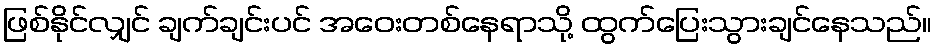
ဖြစ်နိုင်လျှင် ချက်ချင်းပင် အဝေးတစ်နေရာသို့ ထွက်ပြေးသွားချင်နေသည်။